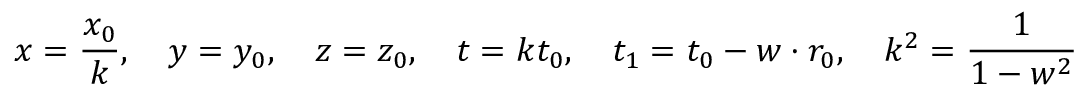
x = { \frac { x _ { 0 } } { k } } , \quad y = y _ { 0 } , \quad z = z _ { 0 } , \quad t = k t _ { 0 } , \quad t _ { 1 } = t _ { 0 } - w \cdot r _ { 0 } , \quad k ^ { 2 } = { \frac { 1 } { 1 - w ^ { 2 } } }